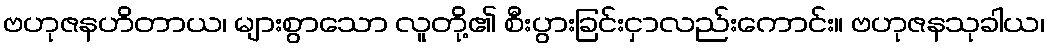
ဗဟုဇနဟိတာယ၊ များစွာသော လူတို့၏ စီးပွားခြင်းငှာလည်းကောင်း။ ဗဟုဇနသုခါယ၊